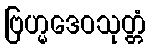
ဗြဟ္မဒေဝသုတ္တံ